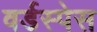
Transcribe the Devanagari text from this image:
वर्डस्पेस